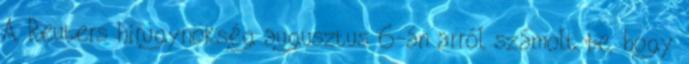
A Reuters hírügynökség augusztus 6-án arról számolt be, hogy